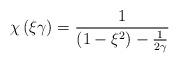
LaTeX: \begin{align*}\chi\left( \xi\gamma\right) \overset{}{=}\frac{1}{\left(1-\xi^{2}\right) -\frac{1}{2\gamma}} \end{align*}